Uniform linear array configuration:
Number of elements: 4
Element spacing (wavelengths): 0.5
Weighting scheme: hann
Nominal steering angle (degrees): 60
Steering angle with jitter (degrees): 60.602
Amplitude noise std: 0.05
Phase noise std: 0.05

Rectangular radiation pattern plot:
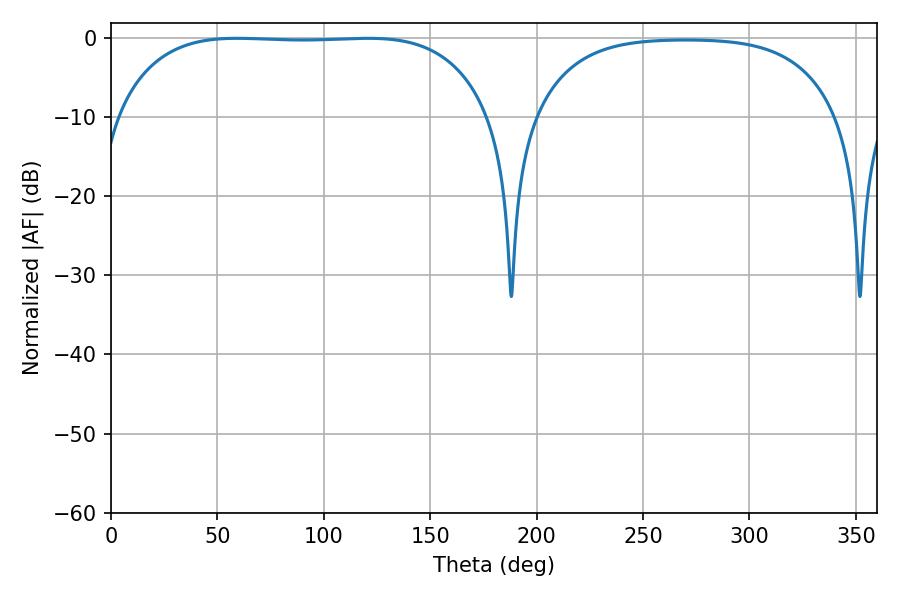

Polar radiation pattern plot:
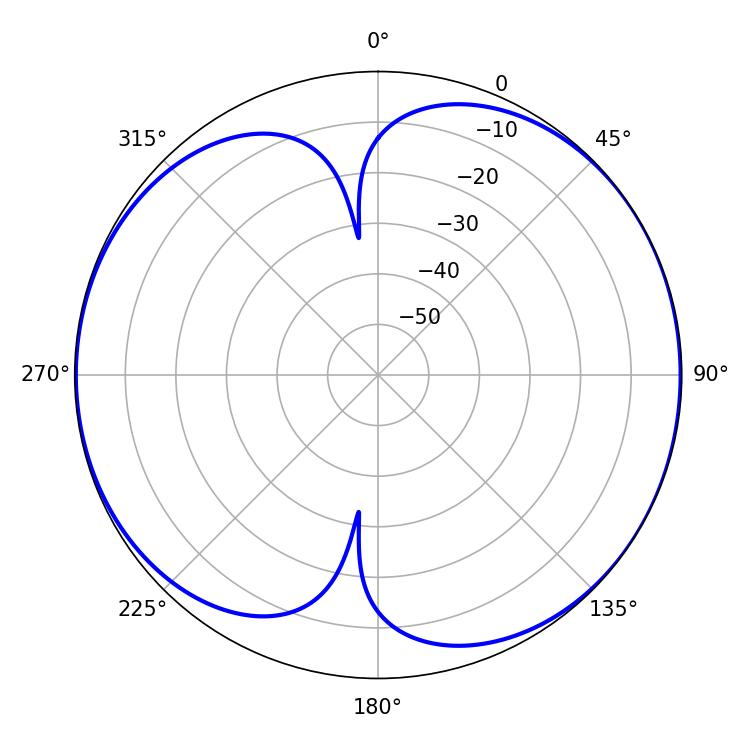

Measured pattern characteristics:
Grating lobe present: FALSE
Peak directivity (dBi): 7.183
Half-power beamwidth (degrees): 137.88
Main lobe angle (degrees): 59.22